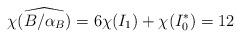
LaTeX: \begin{align*}\chi(\widehat{B/\alpha_{B}})=6\chi(I_1)+\chi(I_0^{*})=12\end{align*}